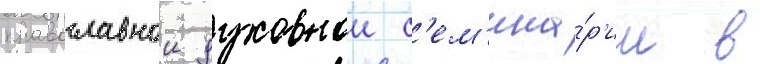
православнои духовнои с'ем'ина́р'ии в